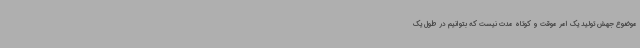
موضوع جهش تولید یک امر موقت و کوتاه مدت نیست که بتوانیم در طول یک